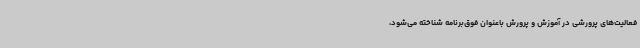
فعالیت‌های پرورشی در آموزش و پرورش باعنوان فوق‌برنامه شناخته می‌شود،